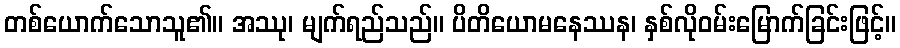
တစ်ယောက်သောသူ၏။ အဿု၊ မျက်ရည်သည်။ ပိတိယောမနေဿန၊ နှစ်လိုဝမ်းမြောက်ခြင်းဖြင့်။